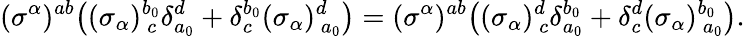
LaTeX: (\sigma^{\alpha})^{ab}\bigr((\sigma_{\alpha})_{~~\! c}^{b_{0}}\delta_{a_{0}}^{d}+\delta_{c}^{b_{0}}(\sigma_{\alpha})_{~a_{0}}^{d}\bigr)=(\sigma^{\alpha})^{ab}\bigr((\sigma_{\alpha})_{~c}^{d}\delta_{a_{0}}^{b_{0}}+\delta_{c}^{d}(\sigma_{\alpha})_{~~\! a_{0}}^{b_{0}}\bigr).